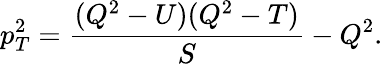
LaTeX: p_{T}^{2}=\frac{(Q^{2}-U)(Q^{2}-T)}{S}-Q^{2}.